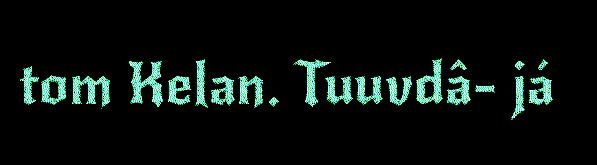
tom Kelan. Tuuvdâ- já